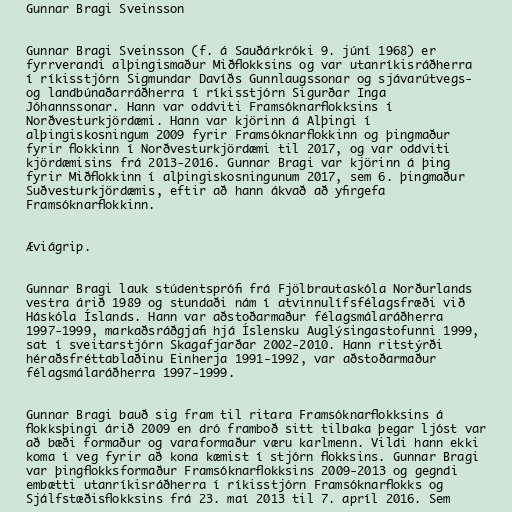
Gunnar Bragi Sveinsson

Gunnar Bragi Sveinsson (f. á Sauðárkróki 9. júní 1968) er
fyrrverandi alþingismaður Miðflokksins og var utanríkisráðherra
í ríkisstjórn Sigmundar Davíðs Gunnlaugssonar og sjávarútvegs-
og landbúnaðarráðherra í ríkisstjórn Sigurðar Inga
Jóhannssonar. Hann var oddviti Framsóknarflokksins í
Norðvesturkjördæmi. Hann var kjörinn á Alþingi í
alþingiskosningum 2009 fyrir Framsóknarflokkinn og þingmaður
fyrir flokkinn í Norðvesturkjördæmi til 2017, og var oddviti
kjördæmisins frá 2013-2016. Gunnar Bragi var kjörinn á þing
fyrir Miðflokkinn í alþingiskosningunum 2017, sem 6. þingmaður
Suðvesturkjördæmis, eftir að hann ákvað að yfirgefa
Framsóknarflokkinn.

Æviágrip.

Gunnar Bragi lauk stúdentsprófi frá Fjölbrautaskóla Norðurlands
vestra árið 1989 og stundaði nám í atvinnulífsfélagsfræði við
Háskóla Íslands. Hann var aðstoðarmaður félagsmálaráðherra
1997-1999, markaðsráðgjafi hjá Íslensku Auglýsingastofunni 1999,
sat í sveitarstjórn Skagafjarðar 2002-2010. Hann ritstýrði
héraðsfréttablaðinu Einherja 1991-1992, var aðstoðarmaður
félagsmálaráðherra 1997-1999.

Gunnar Bragi bauð sig fram til ritara Framsóknarflokksins á
flokksþingi árið 2009 en dró framboð sitt tilbaka þegar ljóst var
að bæði formaður og varaformaður væru karlmenn. Vildi hann ekki
koma í veg fyrir að kona kæmist í stjórn flokksins. Gunnar Bragi
var þingflokksformaður Framsóknarflokksins 2009-2013 og gegndi
embætti utanríkisráðherra í ríkisstjórn Framsóknarflokks og
Sjálfstæðisflokksins frá 23. maí 2013 til 7. apríl 2016. Sem